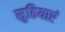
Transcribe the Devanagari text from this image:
सुठियाएं